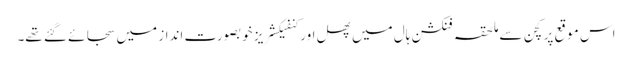
اس موقع پر کچن سے ملحقہ فنکشن ہال میں پھل اور کنفیکشریز خوبصورت انداز میں سجائے گئے تھے۔